Report of the Indian Hemp Drugs Commission, 1894-1895 - Volume V
Year: 1894
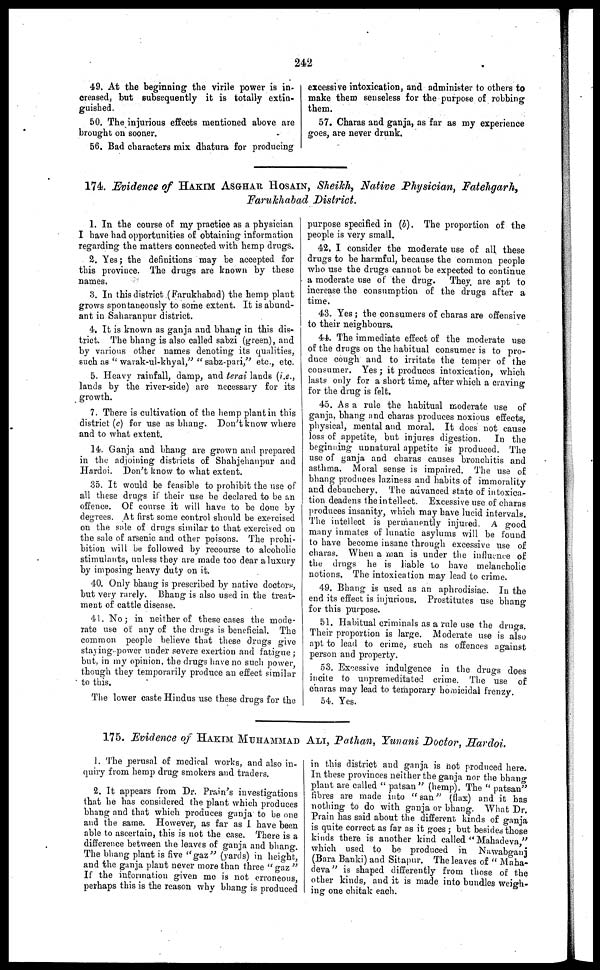
242
49. At the beginning the virile power is in-
creased, but subsequently it is totally extin-
guished.
50. The injurious effects mentioned above are
brought on sooner.
56. Bad characters mix dhatura for producing
excessive intoxication, and administer to others to
make them senseless for the purpose of robbing
them.
57. Charas and ganja, as far as my experience
goes, are never drunk.
174. Evidence of HAKIM ASGHAR HOSAIN, Sheikh, Native Physician, Fatehgarh,
Farukhabad District.
1. In the course of my practice as a physician
I have had opportunities of obtaining information
regarding the matters connected with hemp drugs.
2. Yes ; the definitions may be accepted for
this province. The drugs are known by these
names.
3. In this district (Farukhabad) the hemp plant
grows spontaneously to some extent. It is abund-
ant in Saharanpur district.
4. It is known as ganja and bhang in this dis-
trict. The bhang is also called sabzi (green), and
by various other names denoting its qualities,
such as "warak-ui-khyal," "sabz-pari," etc., etc.
5. Heavy rainfall, damp, and terai lands (i.e.,
lands by the river-side) are necessary for its
growth.
7. There is cultivation of the hemp plant in this
district (c) for use as bhang. Don't know where
and to what extent.
14. Ganja and bhang are grown and prepared
in the adjoining districts of Shahjehanpur and
Hardoi. Don't know to what extent.
35. It would be feasible to prohibit the use of
all these drugs if their use he declared to he an
offence. Of course it will have to be done by
degrees. At first some control should be exercised
on the sale of drugs similar to that exercised on
the sale of arsenic and other poisons. The prohi-
bition will be followed by recourse to alcoholic
stimulants, unless they are made too dear a luxury
by imposing heavy duty on it.
40. Only bhang is prescribed by native doctors,
but very rarely. Bhang is also used in the treat-
ment of cattle disease.
41. No ; in neither of these cases the mode-
rate use of any of the drugs is beneficial. The
common people believe that these drugs give
staying-power under severe exertion and fatigue ;
but. in my opinion, the drugs have no such power
though they temporarily produce an effect similar
to this.
The lower caste Hindus use these drugs for the
purpose specified in (b). The proportion of the
people is very small.
42. I consider the moderate use of all these
drugs to be harmful, because the common people
who use the drugs cannot be expected to continue
a moderate use of the drug. They are apt to
increase the consumption of the drugs after a
time.
43. Yes ; the consumers of charas are offensive
to their neighbours.
44. The immediate effect of the moderate use
of the drugs on the habitual consumer is to pro-
duce cough and to irritate the temper of the
consumer. Yes ; it produces intoxication, which
lasts only for a short time, after which a craving
for the drug is felt.
45. As a rule the habitual moderate use of
ganja, bhang and charas produces noxious effects,
physical, mental and moral. It does not cause
loss of appetite, but injures digestion. In the
beginning unnatural appetite is produced. The
use of ganja and charas causes bronchitis and
asthma. Moral sense is impaired. The use of
bhang produces laziness and habits of immorality
and debauchery. The advanced state of in toxica-
tion deadens the intellect. Excessive use of charas
produces insanity, which may have lucid intervals.
The intellect is permanently injured. A good
many inmates of lunatic asylums will be found
to have become insane through excessive use of
charas. When a man is under the influence of
the drugs he is liable to have melancholic
notions. The intoxication may lead to crime.
49. Bhang is used as an aphrodisiac. In the
end its effect is injurious. Prostitutes use bhang
for this purpose.
51. Habitual criminals as a rule use the drugs.
Their proportion is large. Moderate use is also
apt to lead to crime, such as offences against
person and property.
53. Excessive indulgence in the drugs does
incite to unpremeditated crime. The use of
charas may lead to temporary homicidal frenzy.
54. Yes.
175. Evidence of HAKIM MUHAMMAD ALI Pathan, Yunani Doctor, Hardoi.
1. The perusal of medical works, and also in-
quiry from hemp drug smokers and traders.
2. It appears from Dr. Prain's investigations
that he has considered the plant which produces
bhang and that which produces ganja to be one
and the same. However, as far as 1 have been
able to ascertain, this is not the case. There is a
difference between the leaves of ganja and bhang.
The bhang plant is five "gaz" (yards) in height,
and the ganja plant never more than three "gaz"
If the information given me is not erroneous,
perhaps this is the reason why bhang is produced
in this district and ganja is not produced here.
In these provinces neither the ganja nor the bhang
plant are called "patsan" (hemp). The "patsan"
fibres are made into "san" (flax) and it has
nothing to do with ganja or bhang. What Dr.
Prain has said about the different, kinds of ganja
is quite correct as far as it goes ; but besides those
kinds there is another kind called "Mahadeva,"
which used to bo produced in Nawabganj
(Bara Banki) and Sitapur. The leaves of "Maha-
deva" is shaped differently from those of the
other kinds, and it is made into bundles weigh-
ing one chitak each.